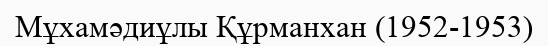
Мұхамәдиұлы Құрманхан (1952-1953)